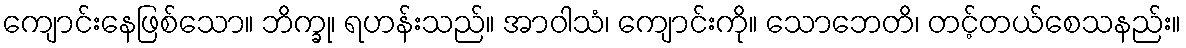
ကျောင်းနေဖြစ်သော။ ဘိက္ခု၊ ရဟန်းသည်။ အာဝါသံ၊ ကျောင်းကို။ သောဘေတိ၊ တင့်တယ်စေသနည်း။